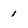
Character: 1